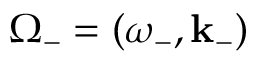
\boldsymbol { \Omega } _ { - } = ( \omega _ { - } , \mathbf { k } _ { - } )